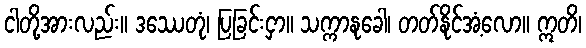
ငါတို့အားလည်း။ ဒဿေတုံ၊ ပြခြင်းငှာ။ သက္ကာနုခေါ၊ တတ်နိုင်အံ့လော။ ဣတိ၊